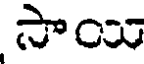
సాయి